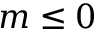
m \leq 0